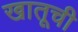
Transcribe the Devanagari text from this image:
खातूची